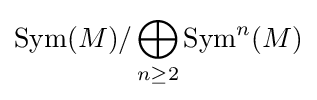
\operatorname {Sym} (M)/\bigoplus _{n\geq 2}\operatorname {Sym} ^{n}(M)